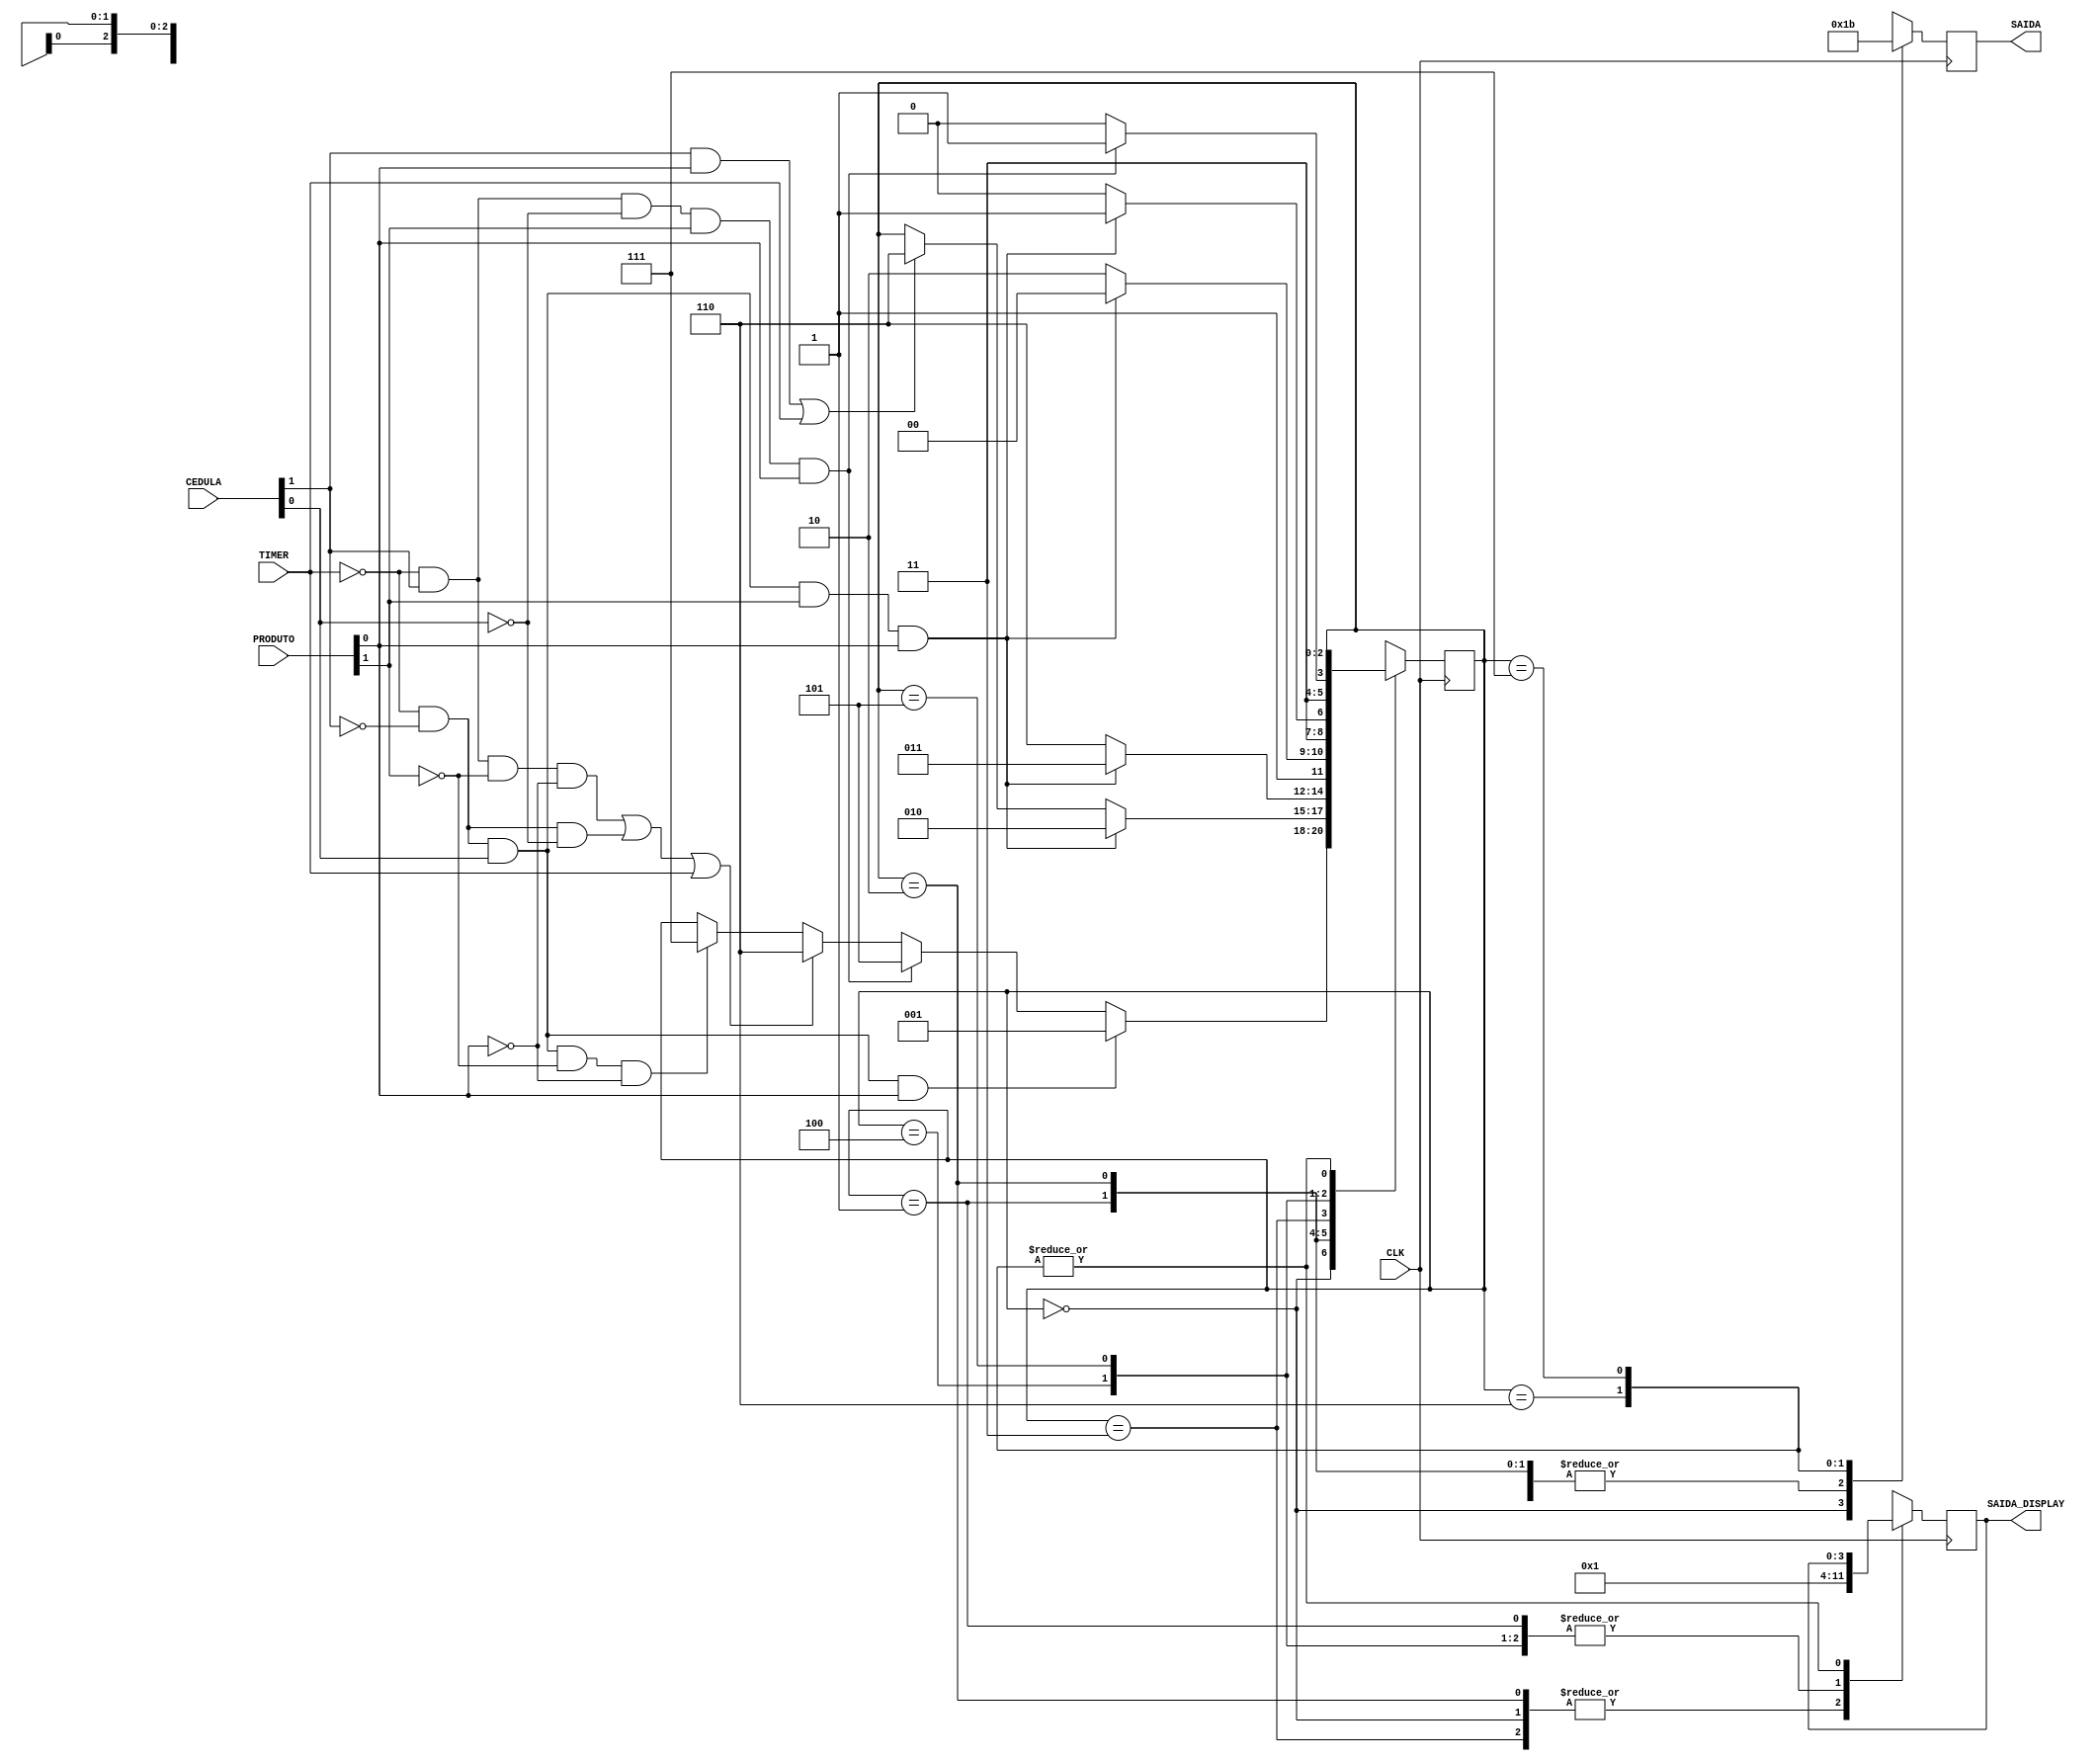
module MaquinaPagamento(CLK, TIMER, PRODUTO, CEDULA, SAIDA_DISPLAY, SAIDA);

	input CLK, TIMER;
	input [1:0] PRODUTO, CEDULA;
	output reg [1:0] SAIDA;
	output reg [3:0] SAIDA_DISPLAY;

	
	reg [2:0] ESTADO;
	parameter AGUARDANDO = 3'b000 ;
	parameter RECEBEU2 = 3'b001 ;
	parameter RECEBEU4= 3'b010 ;
	parameter RECEBEU6 = 3'b011 ;
	parameter RECEBEU8 = 3'b100 ;
	parameter RECEBEU5 = 3'b101;
	parameter INCORRETO = 3'b110;
	parameter PAGO = 3'b111;
	
	initial begin 
		ESTADO = AGUARDANDO;
	end
	
	always @ ( posedge CLK ) begin
		case (ESTADO)
			
			AGUARDANDO: begin
				if(!TIMER && !CEDULA[1] && CEDULA[0] && PRODUTO[0]) ESTADO = RECEBEU2;
				else if(!TIMER && CEDULA[1] && !CEDULA[0] && PRODUTO[1] && PRODUTO[0]) ESTADO = RECEBEU5;
				else if ((!TIMER && CEDULA[1] && !PRODUTO[1] && !PRODUTO[0]) || (!TIMER && !CEDULA[1] && !CEDULA[0]) || TIMER) ESTADO = INCORRETO;
				else if(!TIMER && !CEDULA[1] && CEDULA[0] && !PRODUTO[1] && !PRODUTO[0]) ESTADO = PAGO;
				SAIDA_DISPLAY = 1'b1000;
				SAIDA = 2'b00;
			end
				
			RECEBEU2: begin
				if(!TIMER && !CEDULA[1] && CEDULA[0] && PRODUTO[1] && PRODUTO[0]) ESTADO = RECEBEU4;
				else if((CEDULA[1] && PRODUTO[0]) || TIMER) ESTADO = INCORRETO;
				else if(!TIMER && !CEDULA[1] && CEDULA[0] && PRODUTO[1] && PRODUTO[0]) ESTADO = PAGO;
				SAIDA_DISPLAY = 1'b1001;
				SAIDA = 2'b01;
			end
				
			RECEBEU4: begin
				if(!TIMER && !CEDULA[1] && CEDULA[0] && PRODUTO[1] && PRODUTO[0]) ESTADO = RECEBEU6;
				else ESTADO = INCORRETO;
				SAIDA_DISPLAY = 1'b1010;
				SAIDA = 2'b01;
			end	
				
			RECEBEU6: begin
				if(!TIMER && !CEDULA[1] && CEDULA[0] && PRODUTO[1] && PRODUTO[0]) ESTADO = RECEBEU8;
				else ESTADO = INCORRETO;
				SAIDA_DISPLAY = 1'b1100;
				SAIDA = 2'b01;
			end
			
			RECEBEU8: begin
				if(!TIMER && !CEDULA[1] && CEDULA[0] && PRODUTO[1] && PRODUTO[0]) ESTADO = PAGO;
				else ESTADO = INCORRETO;
				SAIDA_DISPLAY = 1'b1101;
				SAIDA = 2'b01;
			end
			
			RECEBEU5: begin
				if (!TIMER && CEDULA[1] && !CEDULA[0] && PRODUTO[1] && PRODUTO[0]) ESTADO = PAGO;
				else ESTADO = INCORRETO;
				SAIDA_DISPLAY = 1'b1011;
				SAIDA = 2'b01;
			end
				
			INCORRETO: begin
				SAIDA = 2'b10;
			end
			
			PAGO: begin
				SAIDA = 2'b11;
			end
			
		endcase
	end
endmodule